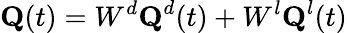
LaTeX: \textbf{Q}(t)=W^{d}\textbf{Q}^{d}(t)+W^{l}\textbf{Q}^{l}(t)